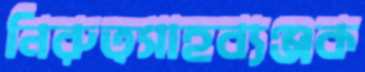
নিরুত্সাহব্যঞ্জক